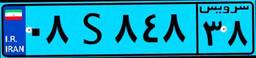
۹۳S۸۰۰۲۵